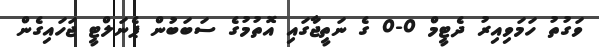
ވަގުތު ހަމަވިއިރު ދެޓީމް 0-0 ގެ ނަތީޖާގައި އޮތުމުގެ ސަބަބުން ޕެނަލްޓީ ޖަހައިގެން